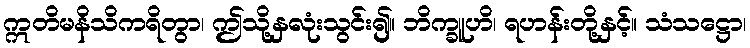
ဣတိမနိသိကရိတွာ၊ ဤသို့နှလုံးသွင်း၍။ ဘိက္ခူဟိ၊ ရဟန်းတို့နှင့်။ သံသဋ္ဌော၊